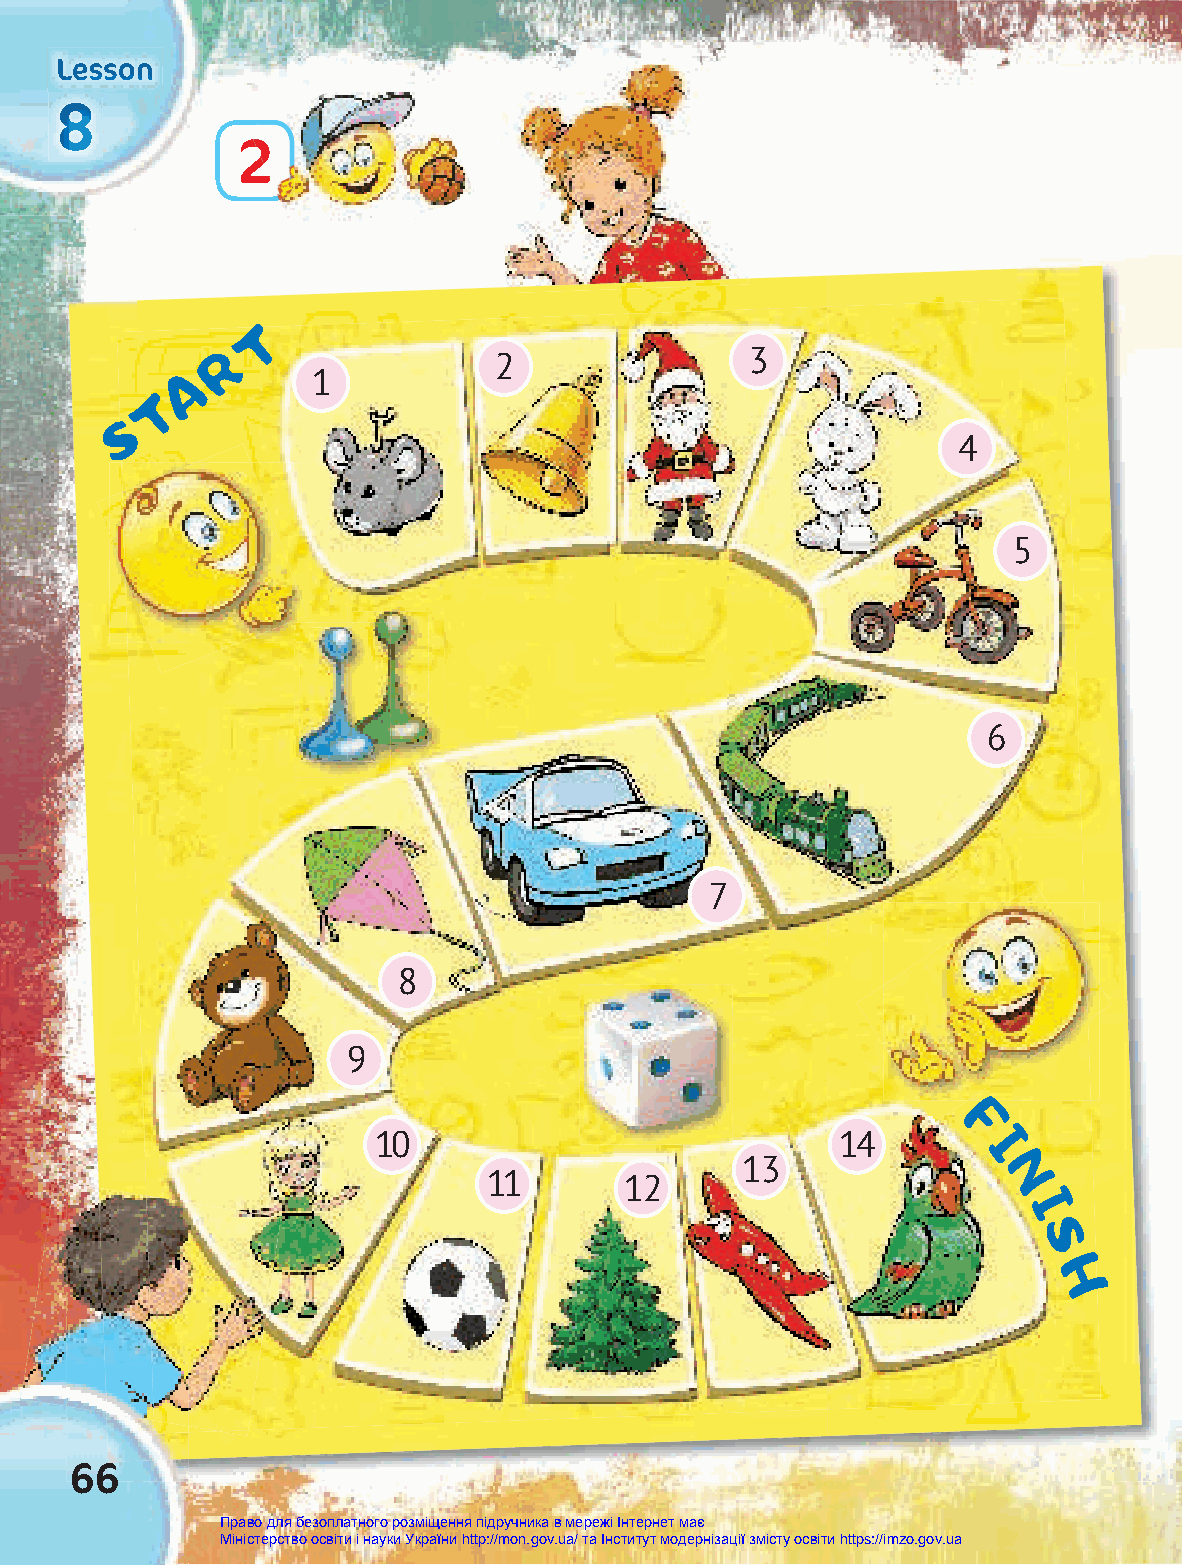
LLLeeessssssooonnn
 888
 22
 T
 R
 3
 2
 A
 1
 T
 S
 4
 5
 6
 7
 8
 9
 F
 10                             14       I
 13
 11       12                       N
 I
 S
 H
 66
 Право для безоплатного розміщення підручника в мережі Інтернет має
 Міністерство освіти і науки України http://mon.gov.ua/ та Інститут модернізації змісту освіти https://imzo.gov.ua